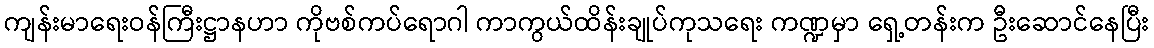
ကျန်းမာရေးဝန်ကြီးဋ္ဌာနဟာ ကိုဗစ်ကပ်ရောဂါ ကာကွယ်ထိန်းချုပ်ကုသရေး ကဏ္ဍမှာ ရှေ့တန်းက ဦးဆောင်နေပြီး